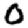
Digit: 0